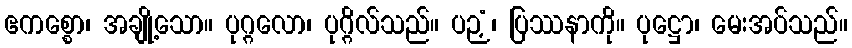
ဧကစ္စော၊ အချို့သော။ ပုဂ္ဂလော၊ ပုဂ္ဂိလ်သည်။ ပဉှံ၊ ပြဿနာကို။ ပုဋ္ဌော၊ မေးအပ်သည်။